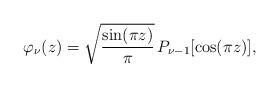
LaTeX: \begin{align*}\varphi_\nu(z)=\sqrt{\frac{\sin(\pi z)}{\pi}}\,P_{\nu -1}[\cos (\pi z)],\end{align*}